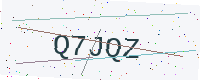
Text: Q7JQZ